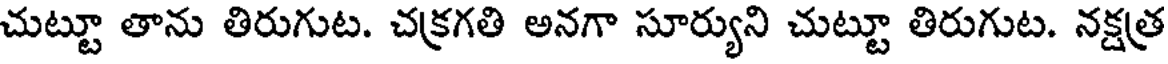
చుట్టూ తాను తిరుగుట. చక్రగతి అనగా సూర్యుని చుట్టూ తిరుగుట. నక్షత్ర